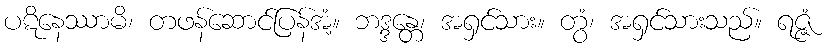
ပဋိနေဿာမိ၊ တဖန်ဆောင်ပြန်အံ့။ ဘဒ္ဒန္တေ၊ အရှင်သား။ တွံ၊ အရှင်သားသည်။ ရဇ္ဇံ